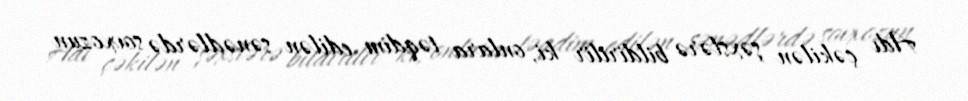
Adı çəkilən şəxslərə bildirilir ki, onlara təqdim edilən sənədlərdə sovxozun